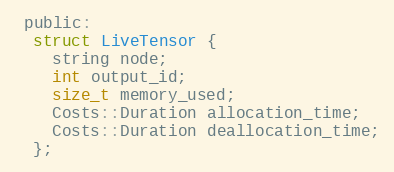
Language: C
 public:
  struct LiveTensor {
    string node;
    int output_id;
    size_t memory_used;
    Costs::Duration allocation_time;
    Costs::Duration deallocation_time;
  };